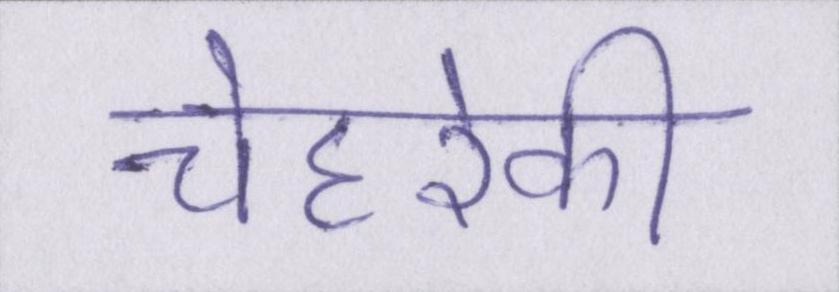
चेहरेकी